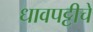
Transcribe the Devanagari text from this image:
धावपट्टीचे